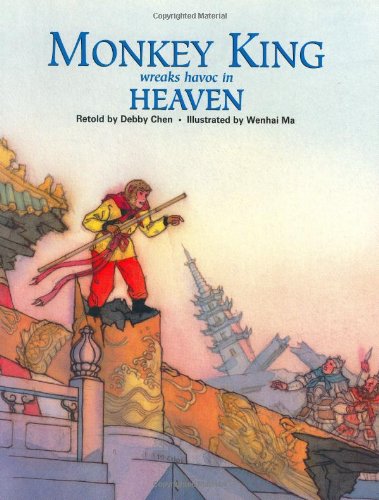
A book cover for Monkey King Wreaks Havoc in Heaven (Adventures of Monkey King); Retold by Debby Chen & Illustrated by Wenhai Ma; Children's Books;